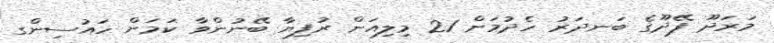
މަަރަދޫ ފޭދޫގެ ބަނދަރު ހެދުމަށް 21 މިލިއަން ރުފިޔާ ބޭނުންވާ ކަމަށް ހައުސިންގ